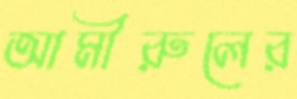
আমীরুলের